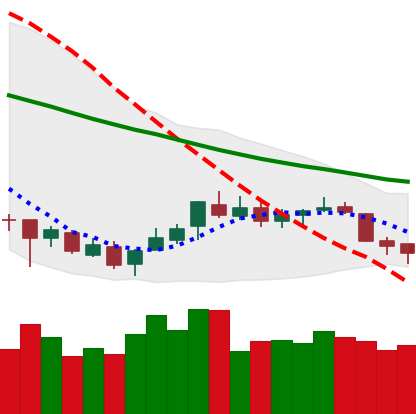
Ticker: XLM-USD
Chart end date: 2018-07-12
Forward return: 36.209%
Label: up_7plus